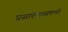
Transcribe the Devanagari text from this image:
प्रसारमाध्यमाची